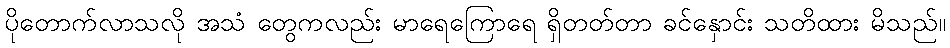
ပိုတောက်လာသလို အသံ တွေကလည်း မာရေကြောရေ ရှိတတ်တာ ခင်နှောင်း သတိထား မိသည်။